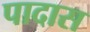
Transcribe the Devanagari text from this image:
पादास